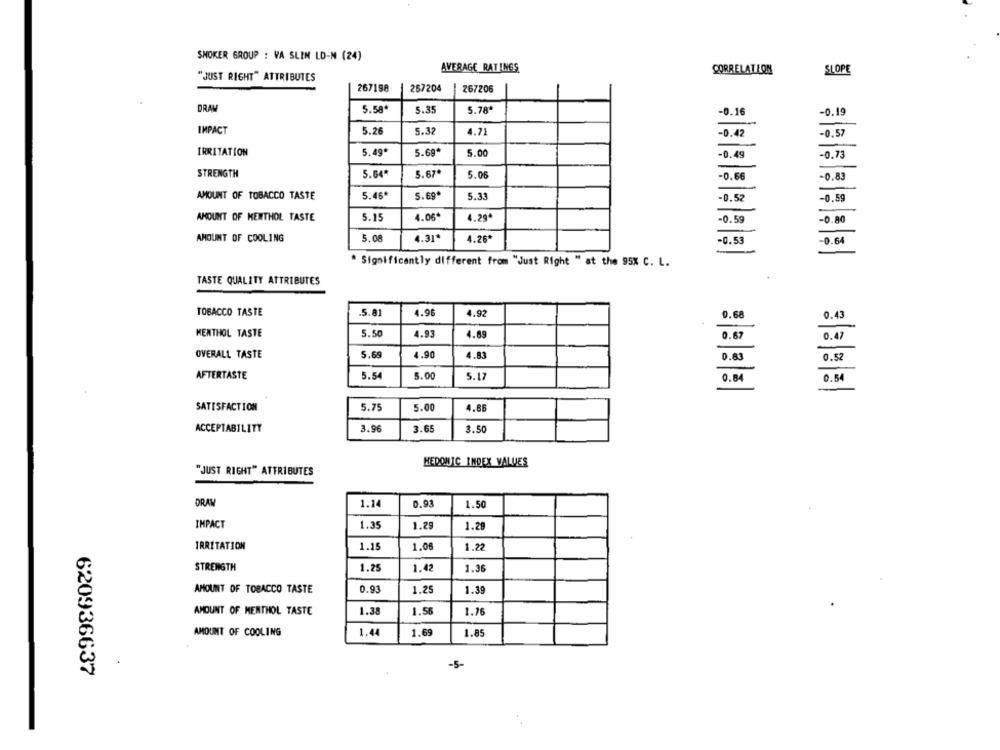
SMOKER GROUP : VA SLIN LD-M (24)
AVERAGE RATINGS
CORRELATION
SLOPE
"JUST RIGHT" ATTRIBUTES
267198
267204
267206
DRAW
5.58*
5.35
5.78*
-0.16
-0.19
IMPACT
5.26
5.32
4.71
-0.42
-0.57
-
IRRITATION
5.49*
5.69*
5.00
-0.49
-0.73
STRENGTH
5.64*
5.67*
5.06
-0.66
-0.83
AMOUNT OF TOBACCO TASTE
5.46*
5.69
5.33
-0.52
-0.59
AMOUNT OF MENTHOL TASTE
5.15
4.06
4.29*
-0.59
-0.80
AMOUNT OF COOLING
5.08
4.31*
4.26*
-0.53
-0.64
* Significantly different from "Just Right " at the 95% C. L.
TASTE QUALITY ATTRIBUTES
TOBACCO TASTE
.5.81
4.96
4.92
0.68
0.43
MENTHOL TASTE
5.50
4.93
4.69
0.67
0.47
OVERALL TASTE
5.69
4.90
4.83
0.63
0.52
AFTERTASTE
5.54
5.00
5.17
0.84
0.54
SATISFACTION
5.75
5.00
4.86
ACCEPTABILITY
3.96
3.65
3.50
HEDONIC INDEX VALUES
"JUST RIGHT" ATTRIBUTES
DRAW
1.14
0.93
1.50
IMPACT
1.35
1.29
1.29
IRRITATION
1.15
1.08
1.22
STRENGTH
1.25
1.42
1.36
AMOUNT OF TOBACCO TASTE
0.93
1.25
1.39
AMOUNT OF MENTHOL TASTE
1.38
1.56
1.76
AMOUNT OF COOLING
1.44
1.69
1.85
-5-
620936637